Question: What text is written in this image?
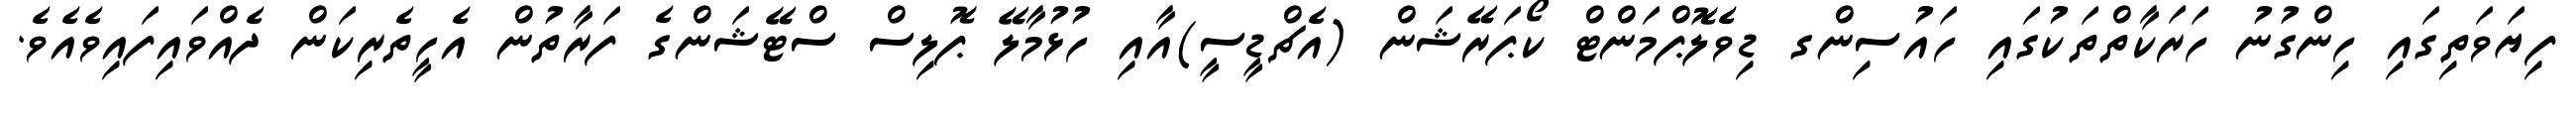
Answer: ފިޔަވަތިގައި ހިންގުނު ހަރަކާތްތަކުގައި ހައުސިންގ ޑިވެލޮޕްމަންޓް ކޯޕަރޭޝަން (އެޗްޑީސީ)އާއި ހުޅުމާލޭ ޕޮލިސް ސްޓޭޝަންގެ ފަރާތުން އެހީތެރިކަން ދެއްވައިފައިވެއެވެ.